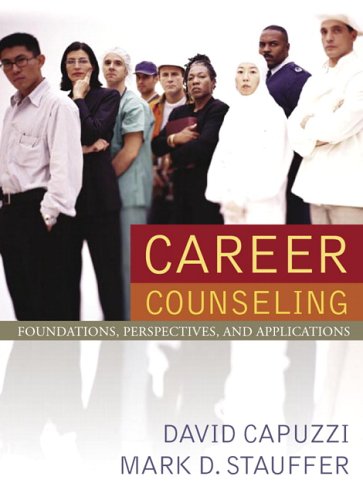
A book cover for Career Counseling; David Capuzzi; Business & Money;